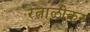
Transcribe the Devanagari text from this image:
रत्नाळीकर